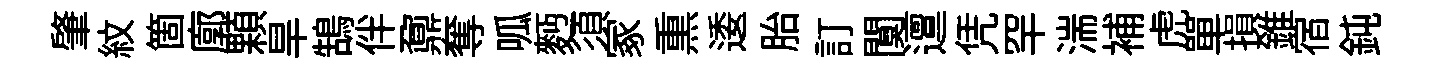
肇紋箇廓顆旱鵠伴鼐奪呱麪須冢𤋱逶胎訂闃邅凭罕湍補虎單損錐宿鈍